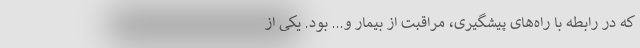
که در رابطه با راه‌های پیشگیری، مراقبت از بیمار و... بود. یکی از